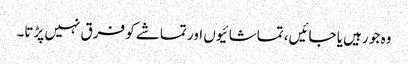
وہ جو رہیں یا جائیں، تماشائیوں اور تماشے کو فرق نہیں پڑتا۔